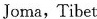
Joma，Tibet